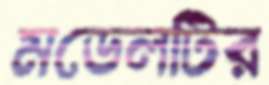
মডেলটির